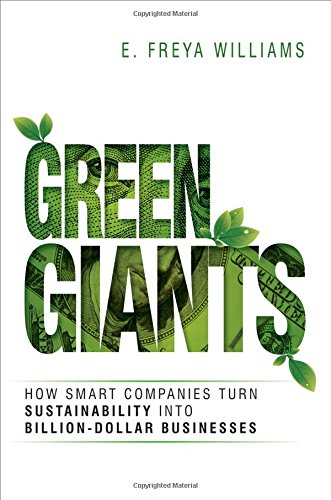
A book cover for Green Giants: How Smart Companies Turn Sustainability into Billion-Dollar Businesses; E. Freya Williams; Business & Money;